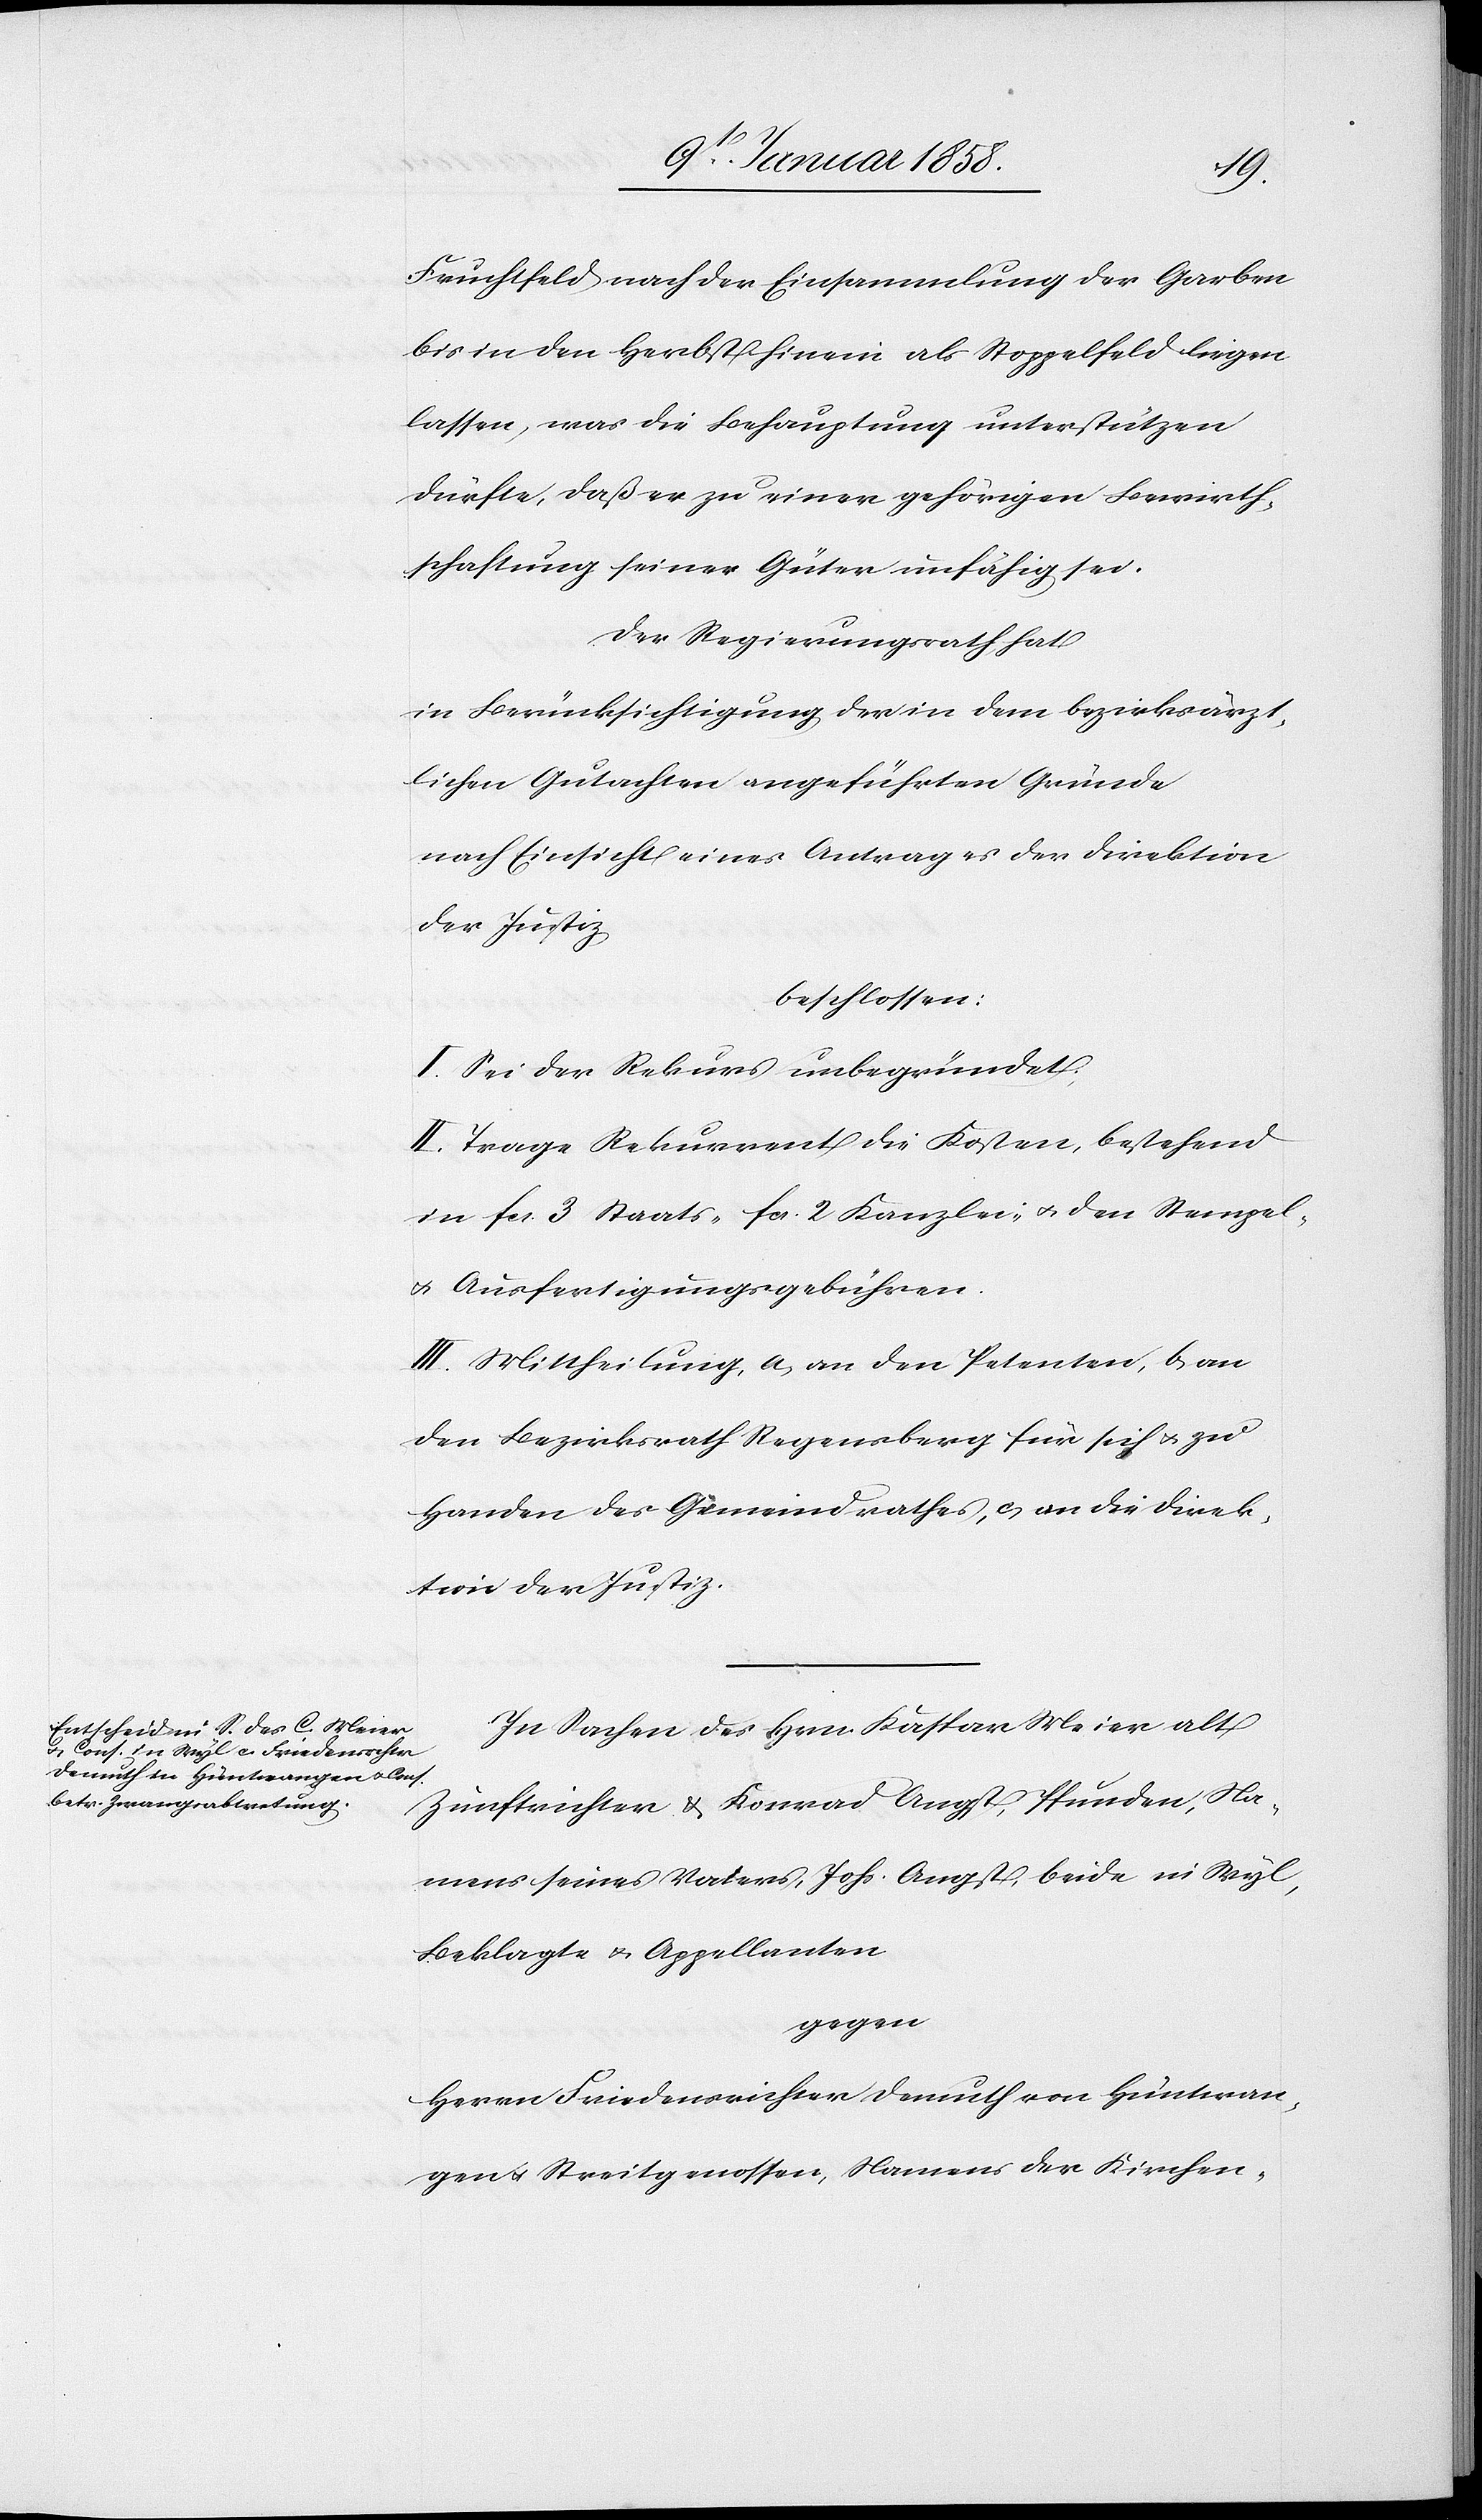
Fruchtfeld nach der Einsammlung der Garben
bis in den Herbst hinein als Stoppelfeld liegen
lassen, was die Behauptung unterstützen
dürfte, daß er zu einer gehörigen Bewirth¬
schaftung seiner Güter unfähig sei.
Der Regierungsrath hat
in Berücksichtigung der in dem bezirksärzt¬
lichen Gutachten angeführten Gründe
nach Einsicht eines Antrages der Direktion
der Justiz
beschlossen:
I. Sei der Rekurs unbegründet.
II. Trage Rekurrent die Kosten, bestehend
in fcs. 3 Staats- fcs. 2 Kanzlei- u. den Stempel-
u. Ausfertigungsgebühren.
III. Mittheilung, a, an den Petenten, b, an
den Bezirksrath Regensberg für sich u. zu
Handen des Gemeindraths, c, an die Direk¬
tion der Justiz.
In Sachen des Hrn Kaspar Meier alt
Zunftrichter u. Konrad Angst, Pfunden, Na¬
mens seines Vaters Johs. Angst, beide in Wyl,
Beklagte u. Appellanten
gegen
Herrn Friedensrichter Demuth von Hüntwan¬
gen u. Streitgenossen, Namens der Kirchen-